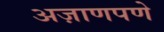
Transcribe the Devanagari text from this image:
अज़ाणपणे